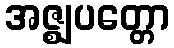
အဇ္ဈပတ္တော